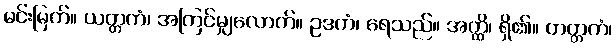
မင်းမြတ်။ ယတ္တကံ၊ အကြင်မျှလောက်။ ဥဒကံ၊ ရေသည်။ အတ္ထိ၊ ရှိ၏။ တတ္တကံ၊